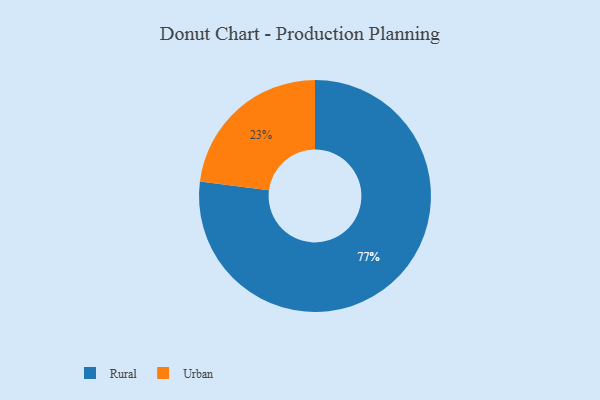
{"axis": {"x": "Category", "y": "Percentage"}, "legend": ["Rural", "Urban"], "data": [{"x": "Urban", "y": 23, "type": "Urban"}, {"x": "Rural", "y": 77, "type": "Rural"}]}